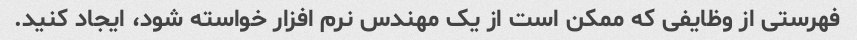
فهرستی از وظایفی که ممکن است از یک مهندس نرم افزار خواسته شود، ایجاد کنید.